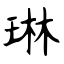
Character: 琳